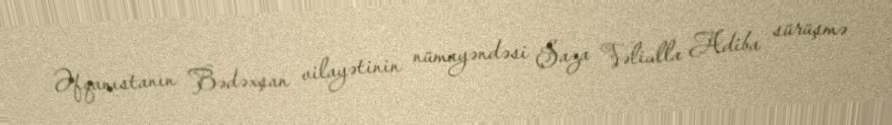
Əfqanıstanın Bədəxşan vilayətinin nümayəndəsi Şaza Vəliulla Adiba sürüşmə